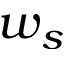
w _ { s }